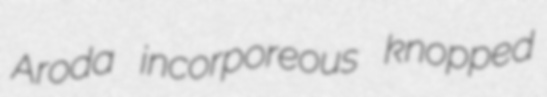
Aroda incorporeous knopped